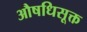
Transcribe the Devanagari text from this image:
औषधिसूक्त